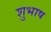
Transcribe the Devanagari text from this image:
शुभाष